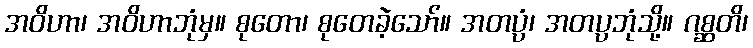
အဝိဟာ၊ အဝိဟာဘုံမှ။ စုတော၊ စုတေခဲ့သော်။ အတပ္ပံ၊ အတပ္ပဘုံသို့။ ဂစ္ဆတိ၊